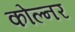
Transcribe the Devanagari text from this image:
कोल्नर